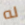
له